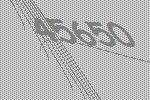
45650